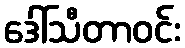
ဒေါ်သီတာဝင်း